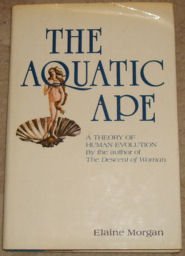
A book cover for The Aquatic Ape; Elaine Morgan; Science & Math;